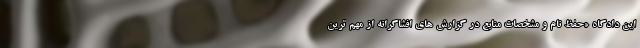
این دادگاه «حفظ نام و مشخصات منابع در گزارش های افشاگرانه از مهم ترین